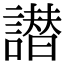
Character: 譛